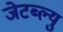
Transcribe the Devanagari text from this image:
जेटब्ल्यु